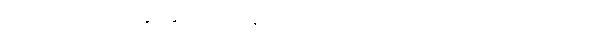
ဒါပေမဲ့ အတတ်နိုင်ဆုံး မှေးမှိန်သွားအောင်တော့ လုပ်ပေးလို့ရပါတယ်။